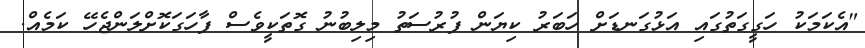
"އެކަމަކު ހަގީގަތުގައި އަޅުގަނޑަށް ހަބަރު ކިޔަން ފުރުސަތު މިލިބުނު ގޮތަކީވެސް ފާހަގަކޮށްލަންޖެހޭ ކަމެއް.